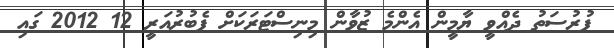
ފުރުސަތު ދެއްވީ ޔާމީން އެންމެ ޒުވާން މިނިސްޓަރަކަށް ފެބުރުއަރީ 12 2012 ގައި